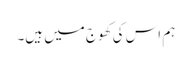
ہم اس کی کھوج میں ہیں۔